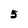
Character: 5